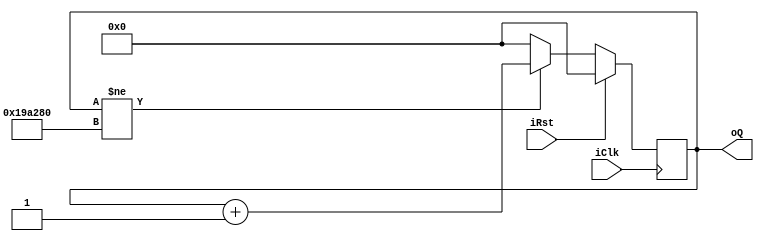
`timescale 1ns / 1ps

module RainbowCounter #(
        //parameter LIM = 1680000,
        parameter LIM = 840000,
        parameter N = $clog2(LIM)
    )
    (
        input  wire iClk, iRst,
        output wire [20:0] oQ
    );
    
    reg     [20:0] r_CntCurr;
    wire    [20:0] w_CntNext;
    
    always @(posedge iClk)
    begin
        if(iRst == 1)
            r_CntCurr <= 0;
        else
            r_CntCurr <= w_CntNext;
    end
    
    assign w_CntNext = (r_CntCurr != 1680000) ? r_CntCurr + 1 : 0;
    assign oQ = r_CntCurr;
    
endmodule